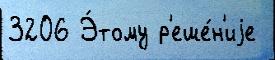
3206 Э́тому р'еше́н'иjе